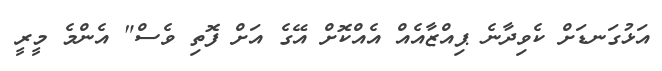
އަޅުގަނޑަށް ކެވިދާނެ ޕިއްޒާއެއް އެއްކޮށް އޭގެ އަށް ފޮތި ވެސް" އެންމެ މީރީ